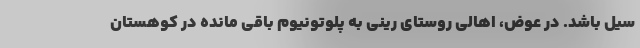
سیل باشد. در عوض، اهالی روستای رینی به پلوتونیوم باقی مانده در کوهستان